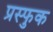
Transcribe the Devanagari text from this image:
प्रस्फुक